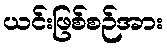
ယင်းဖြစ်စဉ်အား